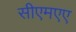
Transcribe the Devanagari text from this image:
सीएमएए